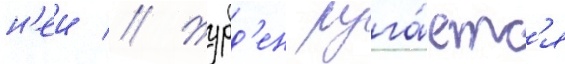
н'еи // Журд'ен руга́етс'я